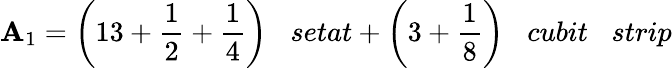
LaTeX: \mathbf{A}_{1}={\bigg(}13+{\frac{{1}}{{2}}}+{\frac{{1}}{{4}}}{\bigg)}\; \; \; setat+{\bigg(}3+{\frac{{1}}{{8}}}{\bigg)}\; \; \; cubit\; \; \; strip